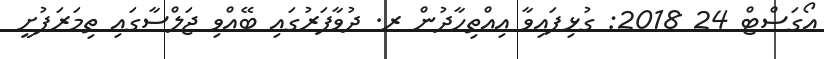
އޯގަސްޓް 24 2018: ގުޅިފައިވާ އިއްތިހާދުން ރ. ދުވާފަރުގައި ބޭއްވި ޖަލްސާގައި ތިމަރަފުށީ